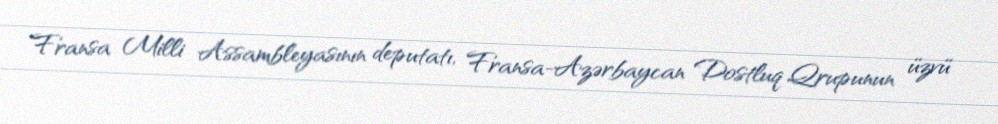
Fransa Milli Assambleyasının deputatı, Fransa-Azərbaycan Dostluq Qrupunun üzvü